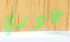
غادري